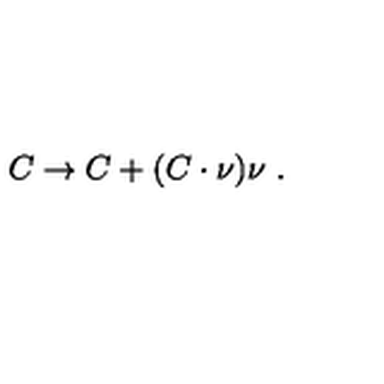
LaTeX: C \to C + ( C \cdot \nu ) \nu \ .